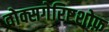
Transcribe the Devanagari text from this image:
वोक्सगेरिष्टशोफ़